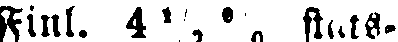
Finl. 4 ½ % skats-